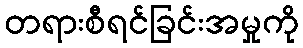
တရားစီရင်ခြင်းအမှုကို